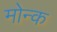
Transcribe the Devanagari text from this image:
मोन्क